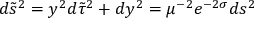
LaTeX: d \tilde { s } ^ { 2 } = y ^ { 2 } d \tilde { \tau } ^ { 2 } + d y ^ { 2 } = \mu ^ { - 2 } e ^ { - 2 \sigma } d s ^ { 2 }